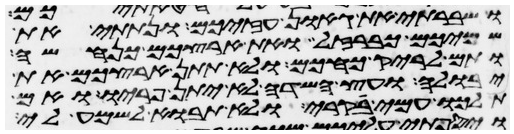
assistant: ושברתי את גאון עזכם ונתתי את
שמיכם כברזל ואת ארצכם כנחשה
ותם לריק כחכם ולא תתן ארצכם את
יבולה ועץ השדה לא יתן פריו ואם
תלכו עמי קרי ולא תבאו לשמע לי